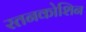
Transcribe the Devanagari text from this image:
रतनकोशिन